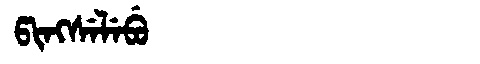
Manchu: ᡦᡳᠩᠰᡝᠯᡝᠪᡠ
Romanization: PINGSELEBU